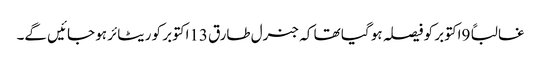
غالباً 9اکتوبر کو فیصلہ ہو گیا تھا کہ جنرل طارق 13اکتوبر کو ریٹائر ہو جائیں گے۔